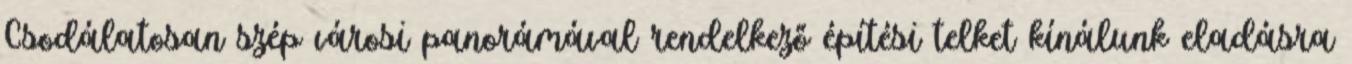
Csodálatosan szép városi panorámával rendelkező építési telket kínálunk eladásra